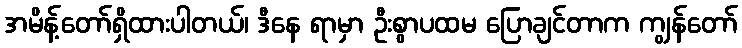
အမိန့်တော်ရှိထားပါတယ်၊ ဒီနေ ရာမှာ ဦးစွာပထမ ပြောချင်တာက ကျွန်တော်